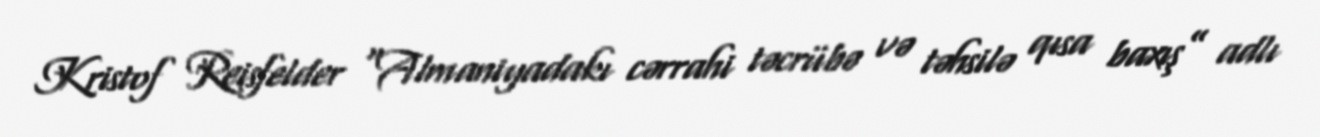
Kristof Reisfelder “Almaniyadakı cərrahi təcrübə və təhsilə qısa baxış” adlı